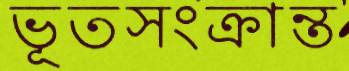
ভূতসংক্রান্ত